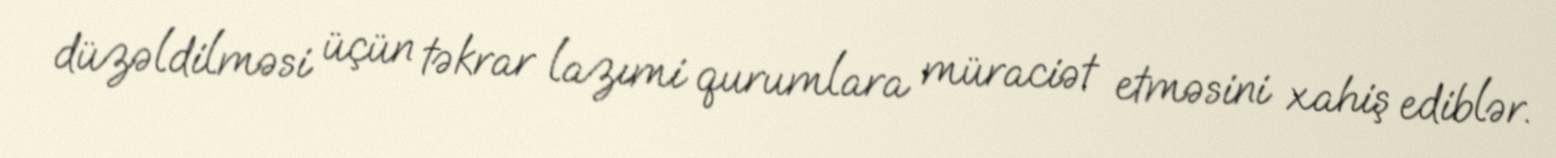
düzəldilməsi üçün təkrar lazımi qurumlara müraciət etməsini xahiş ediblər.